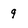
Character: 9